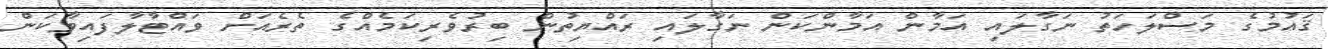
ޤައުމުގެ މަސްލަހަތު ނަގާލައި އަމާން އަމާންކަން ނަގާލައި ރައްޔިތުން ބިރުުވެރިކަމެއްގެ ތެރެއަށް ވައްޓާލާފައިވާކަން